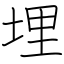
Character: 埋